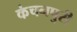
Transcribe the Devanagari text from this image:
कंचनपुरी